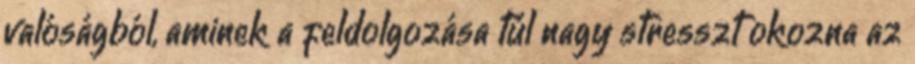
valóságból, aminek a feldolgozása túl nagy stresszt okozna az